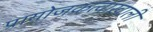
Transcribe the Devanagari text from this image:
प्रायोजकत्वाखाली